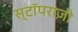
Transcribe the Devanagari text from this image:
स्टॉपराज़ी